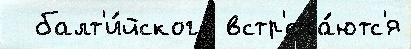
  балт'и́йского встр'еча́ютс'я